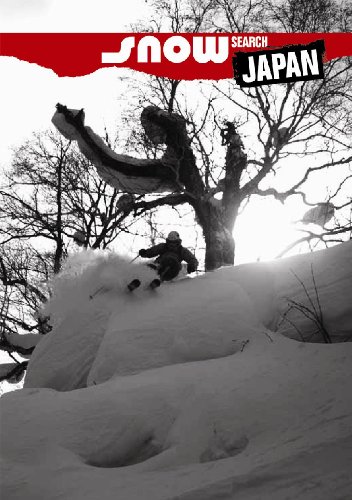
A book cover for Snow-search Japan; First Last; Sports & Outdoors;